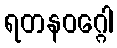
ရတနဝဂ္ဂေါ